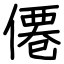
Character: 僊